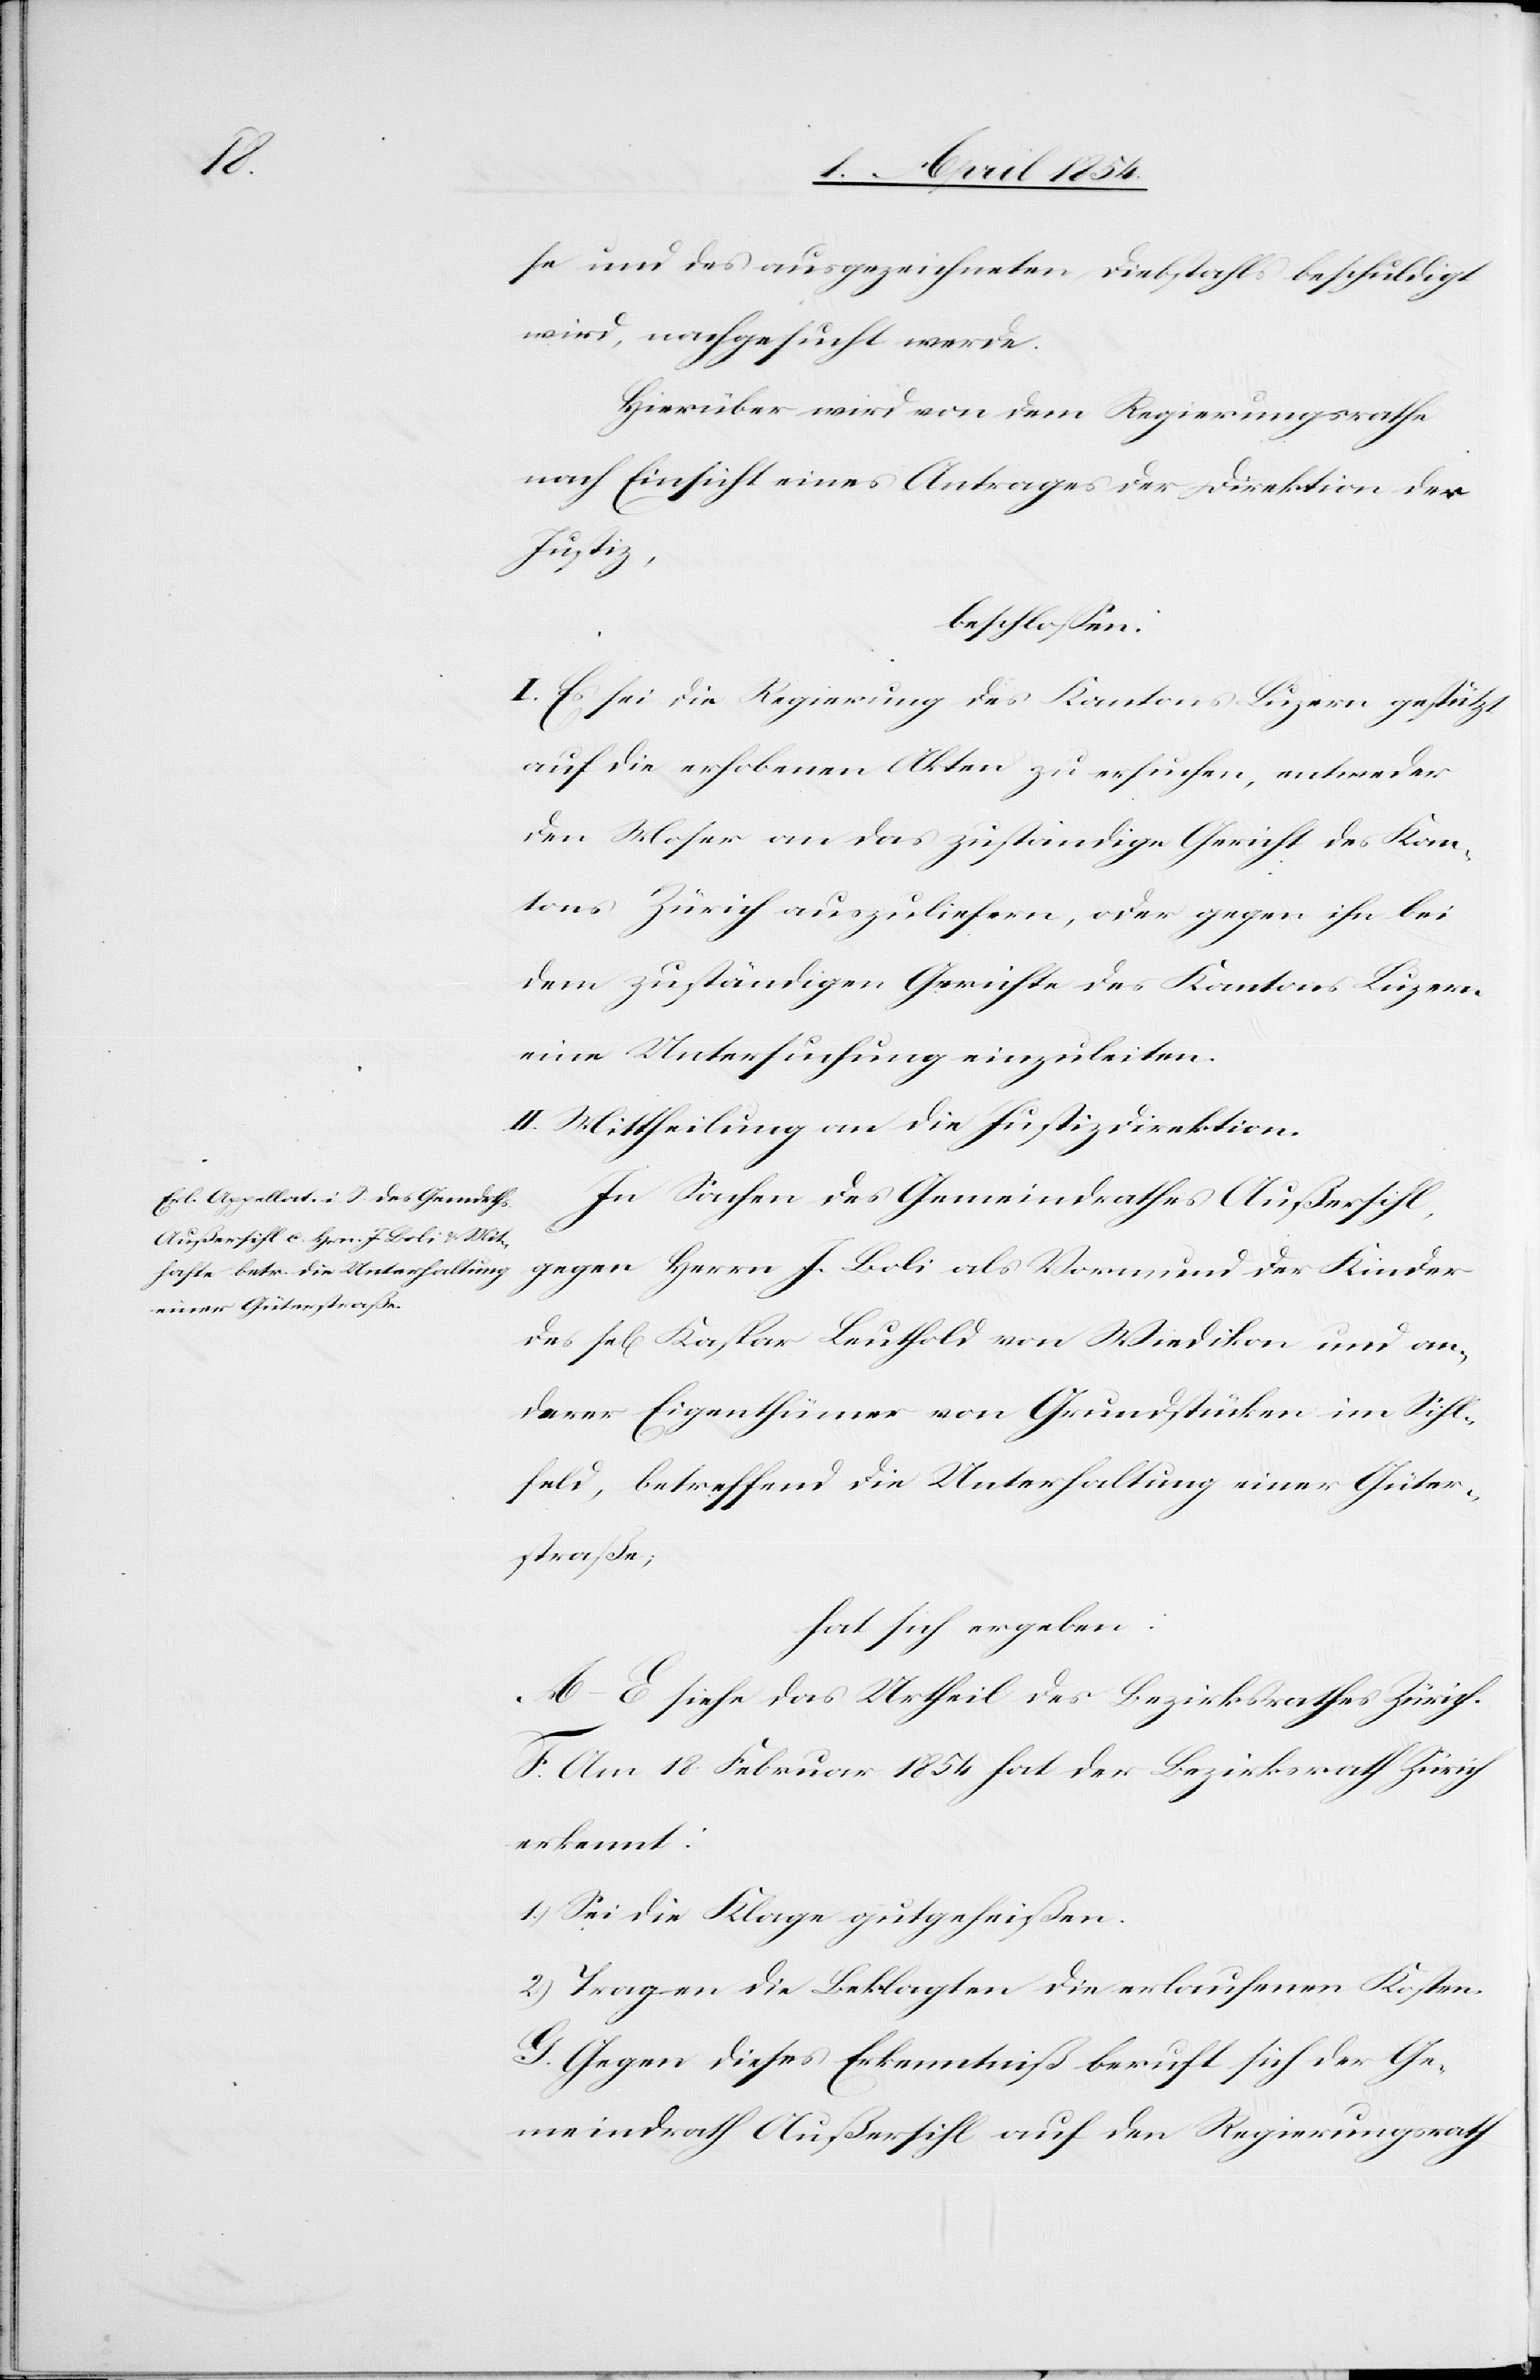
se und des ausgezeichneten Diebstahls beschuldigt
wird, nachgesucht werde.
Hierüber wird von dem Regierungsrathe
nach Einsicht eines Antrages der Direktion der
Justiz,
beschloßen:
I. Es sei die Regierung des Kantons Luzern gestützt
auf die erhobenen Akten zu ersuchen, entweder
den Moser an das zuständige Gericht des Kan¬
tons Zürich auszuliefern, oder gegen ihn bei
dem zuständigen Gerichte des Kantons Luzern
eine Untersuchung einzuleiten.
II. Mittheilung an die Justizdirektion.
In Sachen des Gemeindrathes Außersihl,
gegen Herrn J. Boli als Vormund der Kinder
des sel Kaspar Leuthold von Wiedikon und an¬
derer Eigenthümer von Grundstücken im Sihl¬
feld, betreffend die Unterhaltung einer Güter¬
straße;
hat sich ergeben:
A–E siehe das Urtheil des Bezirksrathes Zürich.
F. Am 18. Februar 1854 hat der Bezirksrath Zürich
erkennt:
1.) Sei die Klage gutgeheißen.
2.) Tragen die Beklagten die erlaufenen Kosten.
G. Gegen dieses Erkenntniß beruft sich der Ge¬
meindrath Außersihl auf den Regierungsrath